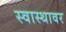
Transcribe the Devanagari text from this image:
स्वास्थावर